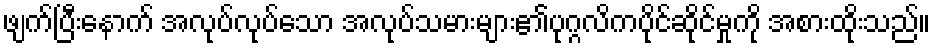
ဖျက်ပြီးနောက် အလုပ်လုပ်သော အလုပ်သမားများ၏ပုဂ္ဂလိကပိုင်ဆိုင်မှုကို အစားထိုးသည်။